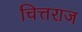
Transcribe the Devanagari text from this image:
चित्तराज